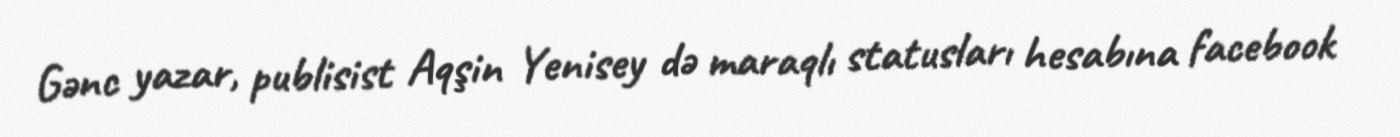
Gənc yazar, publisist Aqşin Yenisey də maraqlı statusları hesabına facebook